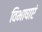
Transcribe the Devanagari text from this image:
विभाषाएं